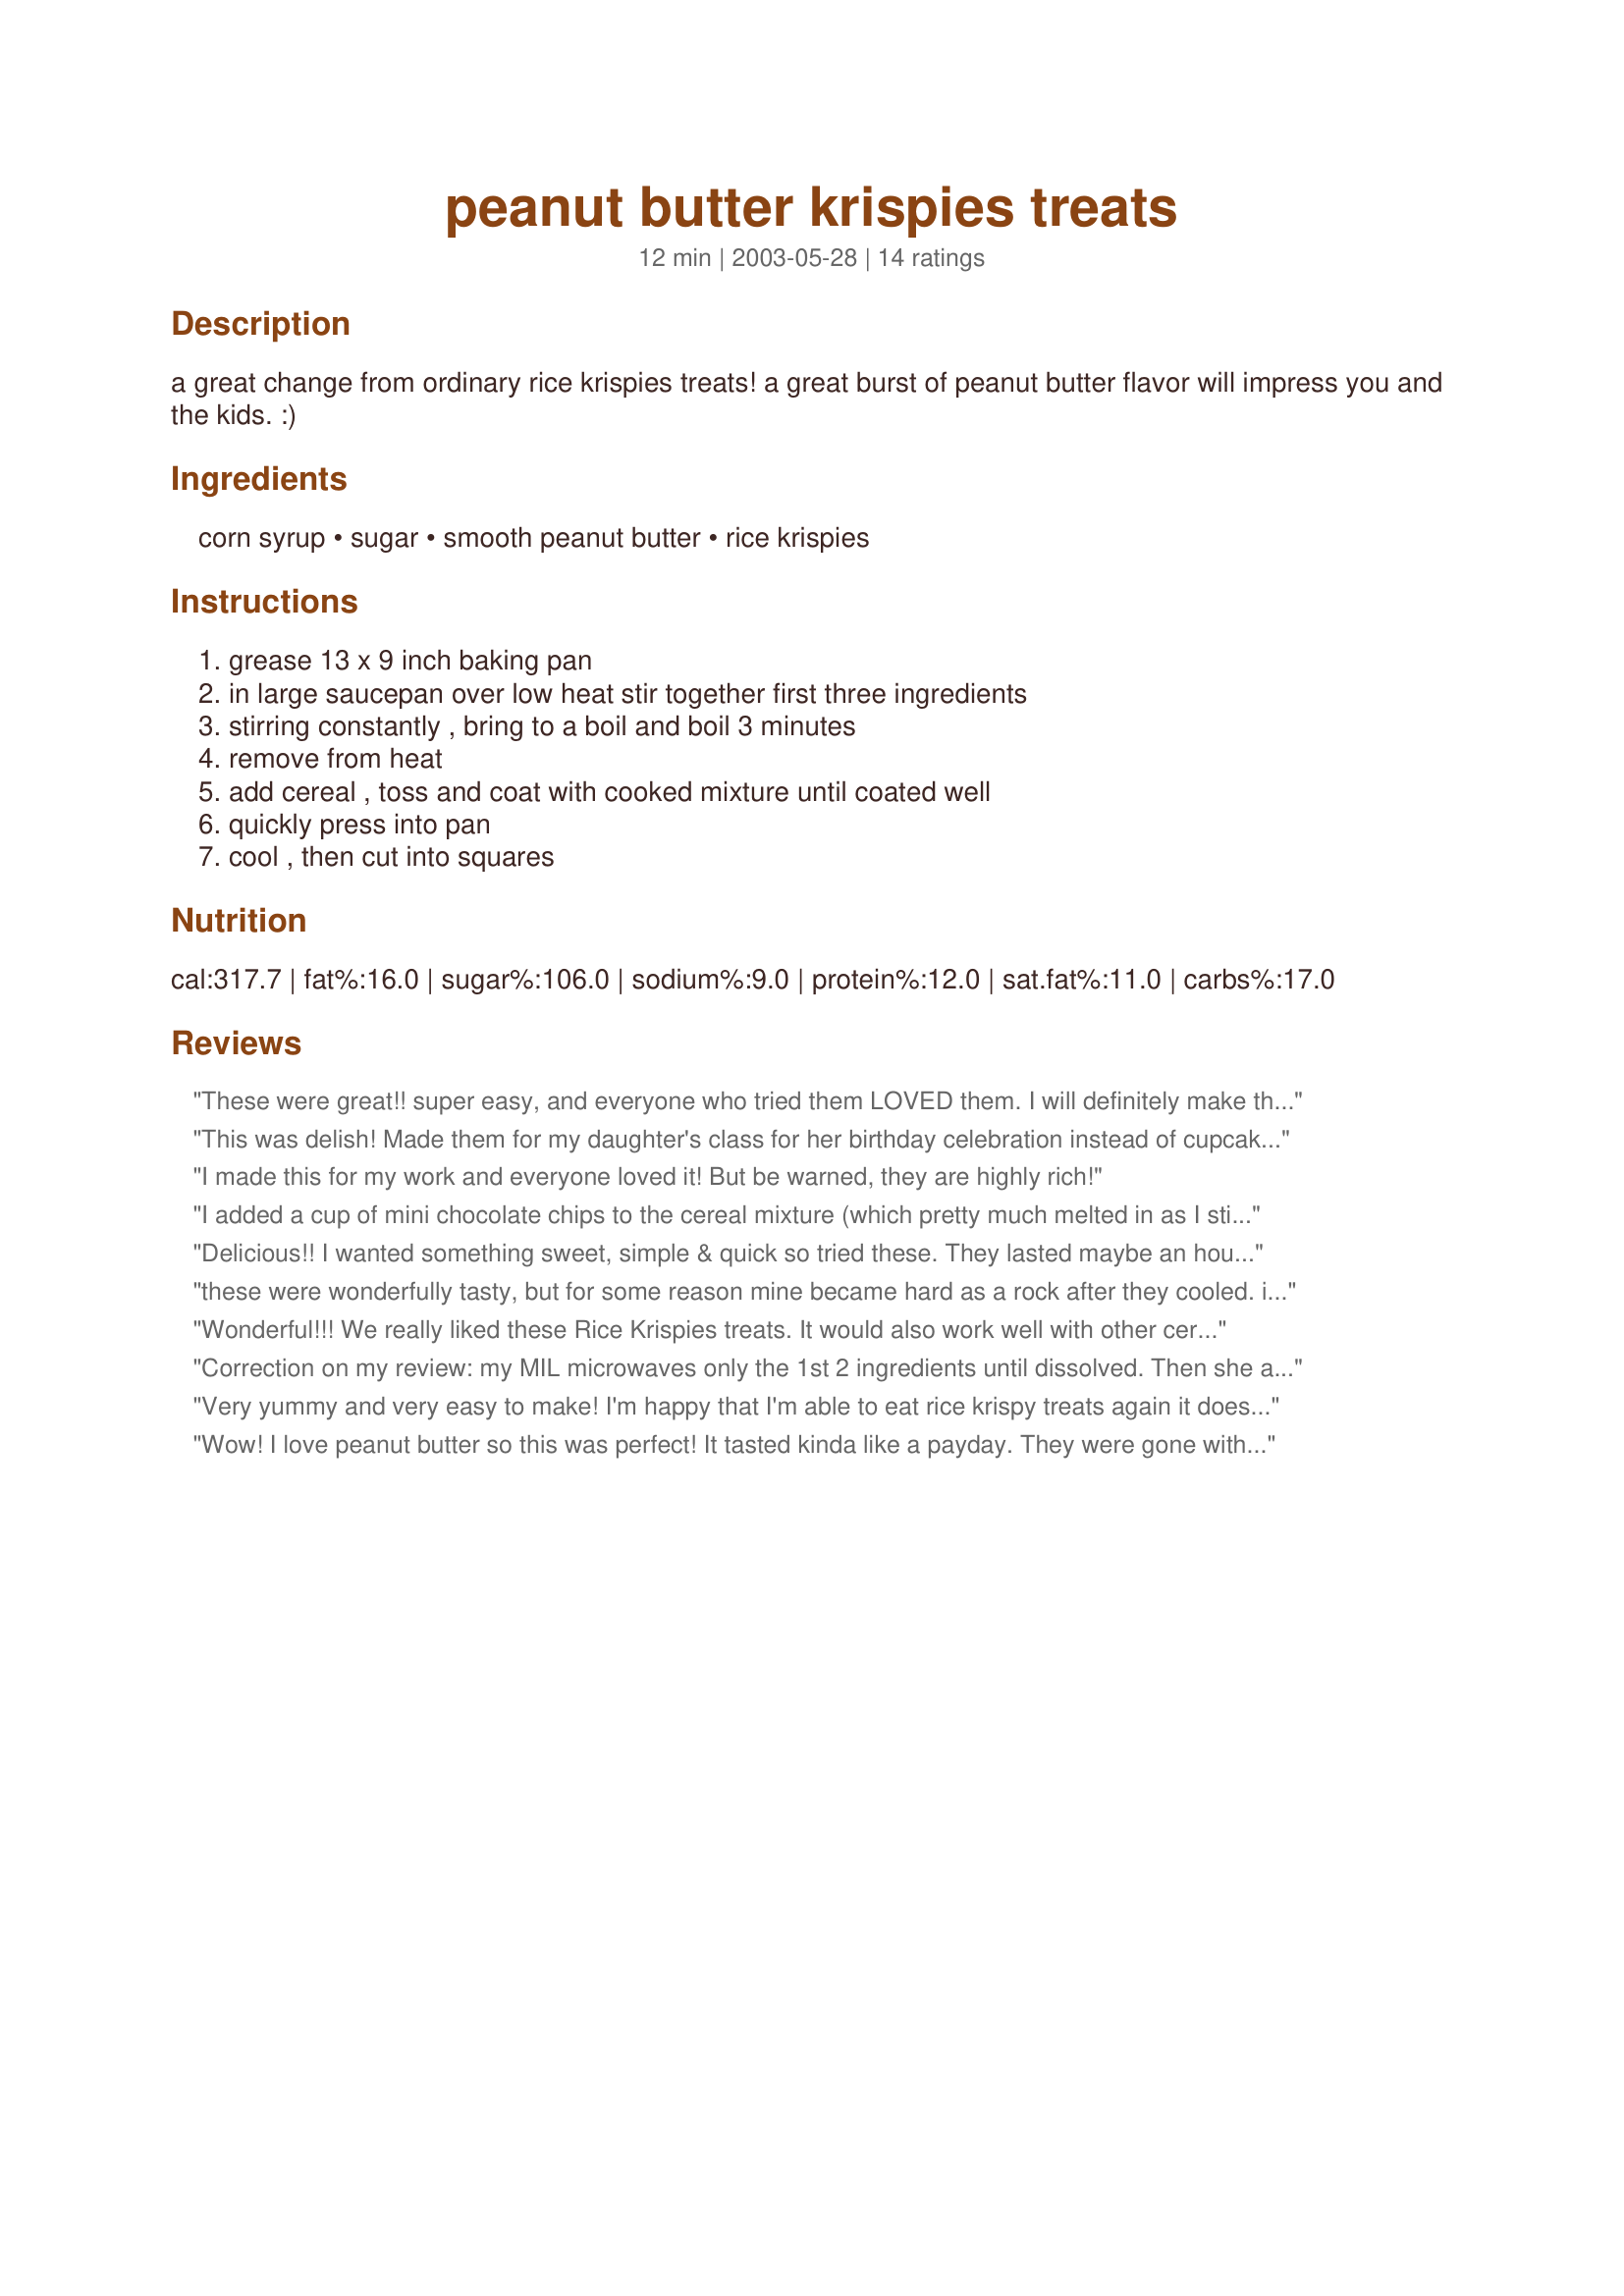
peanut butter krispies treats
Preparation time: 12 minutes

a great change from ordinary rice krispies treats! a great burst of peanut butter flavor will impress you and the kids. :)

Ingredients:
corn syrup, sugar, smooth peanut butter, rice krispies

Steps:
grease 13 x 9 inch baking pan, in large saucepan over low heat stir together first three ingredients, stirring constantly , bring to a boil and boil 3 minutes, remove from heat, add cereal , toss and coat with cooked mixture until coated well, quickly press into pan, cool , then cut into squares

Reviews:
These were great!! super easy, and everyone who tried them LOVED them. I will definitely make them again! also, if you need a chocolate kick, i reccommend melting chocolate chips and spreading them over the top...they are awesome with some chocolate!
This was delish! Made them for my daughter's class for her birthday celebration instead of cupcakes or cookies. Was able to get 32 bars out of a 13 X 9 pan. Had to save 26 for her class and between me and my three girls, can't remember where the other 6 pieces went...lol!
I made this for my work and everyone loved it! But be warned, they are highly rich!
I added a cup of mini chocolate chips to the cereal mixture (which pretty much melted in as I stir it) and sprinkled another cup over the top...wonderful!! I tasted the mixture before adding the chocolate and it was also really good. Will be making both varieties again & again.
Delicious!! I wanted something sweet, simple & quick so tried these. They lasted maybe an hour... everyone else liked these as much as me!! I'll definitely make these again.. in fact I would've if I hadn't run out of Rice Krispies!!:)
these were wonderfully tasty, but for some reason mine became hard as a rock after they cooled. it was a lot of work to cut out a square when they were so hard but a quick zap in the microwave, and they were just right for eating again. i made mine with chocolate rice krispies because that was all i had on hand, and that was a great change.
Wonderful!!! We really liked these Rice Krispies treats. It would also work well with other cereals, like corn flakes. The recipe was very easy to make. I recommend cutting them when they're still a little warm, because they got very hard to cut later on.
Correction on my review: my MIL microwaves only the 1st 2 ingredients until dissolved. Then she adds the peanut butter, stirring until smooth, then adds the rice krispies. Sorry.
Very yummy and very easy to make! I'm happy that I'm able to eat rice krispy treats again it doesn't have any marshmallow ingredients. My hubby loved it and even asked me to make some for his students. And one of the parents even asked for the recipe. Yup, deifinitely a keeper in my recipe collection! :)
Wow! I love peanut butter so this was perfect! It tasted kinda like a payday. They were gone within a day.Thanks for the great recipe!
Note: these are very filling and go a long way. I actually served 48 squares from this recipe. ALso I used 1/2 cup of sugar and 1/2 cup corn syrup.
This is a great recipe! Delicious. Very easy to make. I also melted Milk Chocolate Morsels and covered them with a layer of chocolate.
very good as it reminds me of being a kid - my grandma used to make something similar. i halfed the recipe and they turned out pretty hard, maybe don't cook it so long or add more rice krispies.
I remember my mom making these since I was little. I LOVED them. Eventually, when I was old enough, I learned to make them myself which wasn't such a good thing (I usually devoured half the pan immediately, lol) Anyway, the recipe is the same, and even tho I no longer eat these types of foods, I know these are great!!! Thanks for bringin back a child hood memory :)
I halved this recipe and made this this afternoon. These are soooo tasty! Each square is sooooo heavenly delish! These taste like "Chikki" which we get back home in India(made from peanuts and sugar syrup). I really loved these and so did my dad!! This happens to be my first recipe using corn syrup and I was so excited to give this a try!! I'm so glad I did! THANKS to dear Uncle Miller who sent me a bottle of corn syrup, I was finally able to taste it and get to making this! Love u, Uncle Miller!!! Thank you, Chef Boogaloogie, for a great treat! It's my best friend's wedding today and having this did remind me all the more of her, coz she loves Rice Krispies:)
I'll be repeating this again, for sure! A real good addition to my recipe collection!
